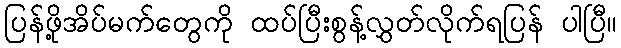
ပြန်ဖို့အိပ်မက်တွေကို ထပ်ပြီးစွန့်လွှတ်လိုက်ရပြန် ပါပြီ။